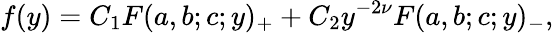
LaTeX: f(y)=C_{1}F(a,b;c;y)_{+}+C_{2}y^{-2\nu}F(a,b;c;y)_{-},